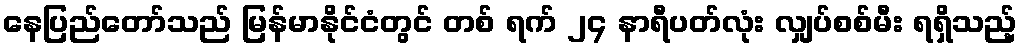
နေပြည်တော်သည် မြန်မာနိုင်ငံတွင် တစ် ရက် ၂၄ နာရီပတ်လုံး လျှပ်စစ်မီး ရရှိသည့်